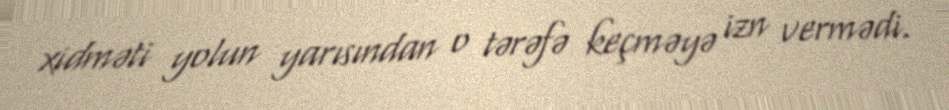
xidməti yolun yarısından o tərəfə keçməyə izn vermədi.